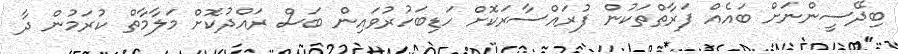
ބިދޭސީންނަށް ބައެއް ފަރާތްތަކުން ފުރައްސާރަކޮށް ހަޑިބަހުރުވައިން ބަސް ރައްދުކޮށް މަލާމާތް ކުރަމުން ދާ